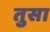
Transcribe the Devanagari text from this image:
तुसा